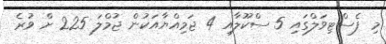
މި ފެސްޓިވަލްގައި 5 ސްކޫލާއި 4 ޖަމިއްޔާއަކުން ޖުމްލަ 225 ށް ވުރެ